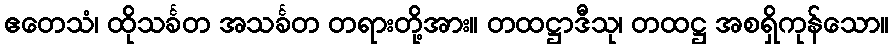
ဧတေသံ၊ ထိုသင်္ခတ အသင်္ခတ တရားတို့အား။ တထဋ္ဌာဒီသု၊ တထဋ္ဌ အစရှိကုန်သော။